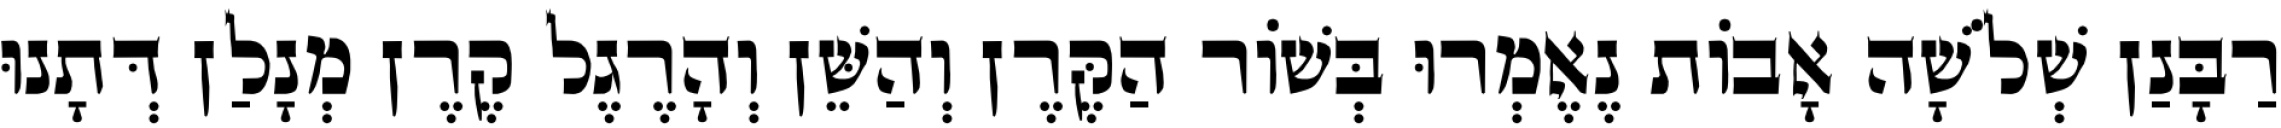
רַבָּנַן שְׁלֹשָׁה אָבוֹת נֶאֶמְרוּ בְּשׁוֹר הַקֶּרֶן וְהַשֵּׁן וְהָרֶגֶל קֶרֶן מְנָלַן דְּתָנוּ